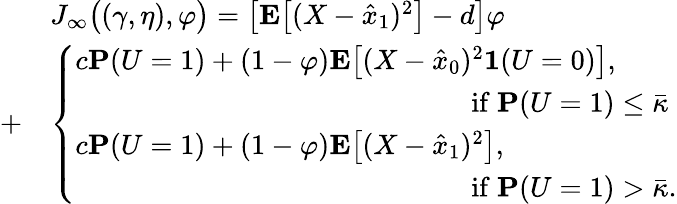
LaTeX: \begin{array}{rl}&{J_{\infty}\big((\gamma,\eta),\varphi\big)=\left[\mathbf{E}\big[(X-\hat{x}_{1})^{2}\big]-d\right]\varphi}\\ {+}&{\left\{ \begin{array}{ll}{c\mathbf{P}(U=1)+(1-\varphi)\mathbf{E}\big[(X-\hat{x}_{0})^{2}\mathbf{1}(U=0)\big],}\\ {\qquad\qquad\qquad\qquad\qquad\qquad\qquad\mathrm{if~}\mathbf{P}(U=1)\le\bar{\kappa}}\\ {c\mathbf{P}(U=1)+(1-\varphi)\mathbf{E}\big[(X-\hat{x}_{1})^{2}\big],}\\ {\qquad\qquad\qquad\qquad\qquad\qquad\qquad\mathrm{if~}\mathbf{P}(U=1)>\bar{\kappa}.}\end{array}\right.}\end{array}